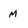
Character: M